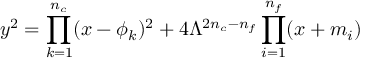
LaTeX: y ^ { 2 } = \prod _ { k = 1 } ^ { n _ { c } } ( x - \phi _ { k } ) ^ { 2 } + 4 \Lambda ^ { 2 n _ { c } - n _ { f } } \prod _ { i = 1 } ^ { n _ { f } } ( x + m _ { i } )